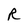
Character: R